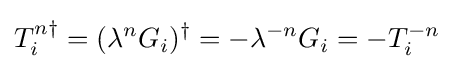
T_{i}^{n\dagger }=(\lambda ^{n}G_{i})^{\dagger }=-\lambda ^{-n}G_{i}=-T_{i}^{-n}